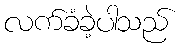
လက်ခံခဲ့ပါသည်